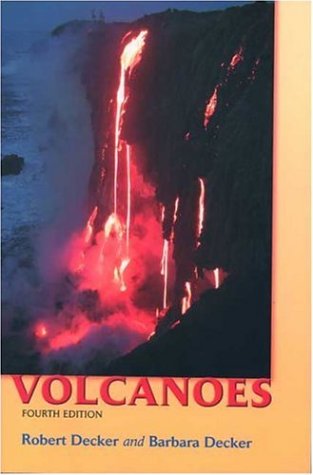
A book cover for Volcanoes; Robert Decker; Science & Math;